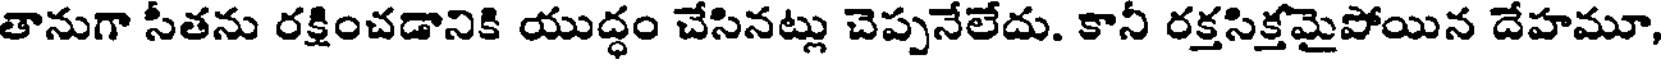
తానుగా సీతను రక్షించడానికి యుద్ధం చేసినట్లు చెప్పనేలేదు. కానీ రక్తసిక్తమైపోయిన దేహమూ,